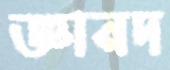
জ্ঞানদ